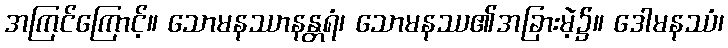
အကြင်ကြောင့်။ သောမနဿာနန္တရံ၊ သောမနဿ၏အခြားမဲ့၌။ ဒေါမနဿံ၊